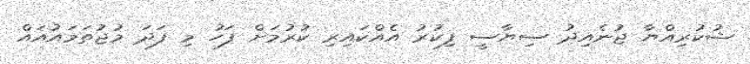
ޝުކުރިއްޔާ ޖުނެއިދު ސިޔާސީ ފިކުރު އެއްކައިރި ކުރުމަށް ފަހު މި ފަދަ މުޖުތަމައުއައް